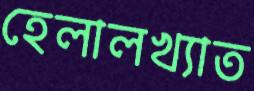
হেলালখ্যাত